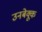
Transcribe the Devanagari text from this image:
उनबेक्कू